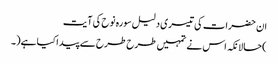
ان حضرات کی تیسری دلیل سورہ نوح کی آیت
)حالانکہ اس نے تمہیں طرح طرح سے پیداکیا ہے(۔